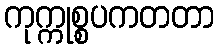
ကုက္ကုစ္စပကတတာ